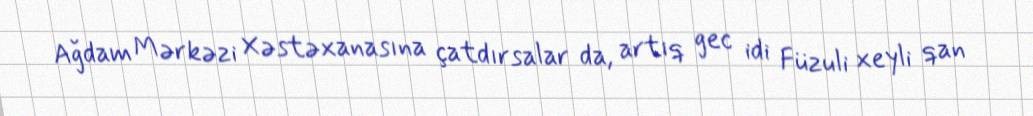
Ağdam Mərkəzi Xəstəxanasına çatdırsalar da, artıq gec idi Füzuli xeyli qan